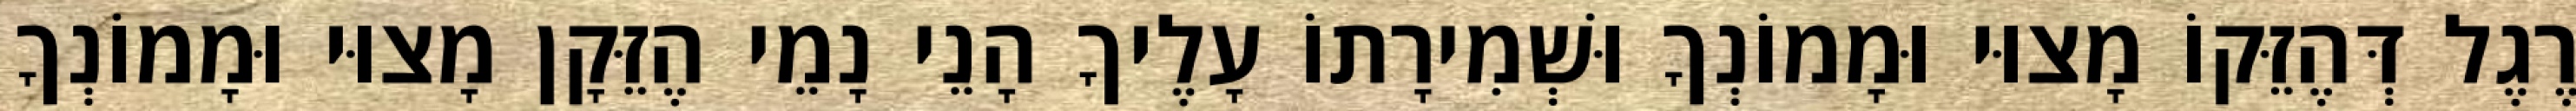
רֶגֶל דְּהֶזֵּקוֹ מָצוּי וּמָמוֹנְךָ וּשְׁמִירָתוֹ עָלֶיךָ הָנֵי נָמֵי הֶזֵּקָן מָצוּי וּמָמוֹנְךָ